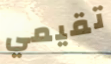
تقيمي